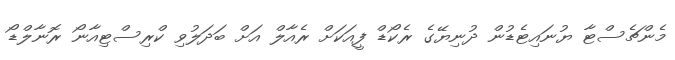
މެންޗެސްޓާ ޔުނައިޓެޑުން ދުނިޔޭގެ ރެކޯޑް ފީއަކަށް ރެއާލް އަށް ބަދަލުވި ކްރިސްޓިއާނޯ ރޮނާލްޑޯ